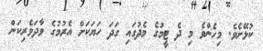
ކުޅޭށެވެ. މިހެންވެ މި ދެ ޓީމުގެ މެދުގައި ގަދަ ހަޔަކަށް އެރުމުގެ ވާދަވެރިކަން